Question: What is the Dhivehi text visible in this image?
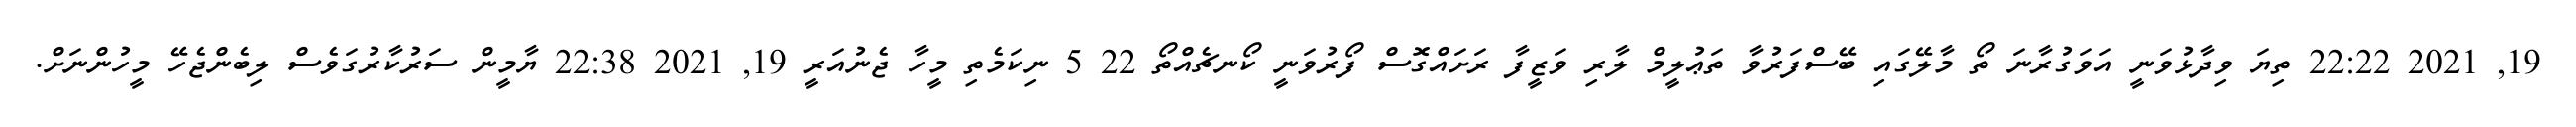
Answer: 19, 2021 22:22 ތިޔަ ވިދާޅުވަނީ އަވަގުރާނަ ތޯ މާލޭގައި ބޭސްފަރުވާ ތަޢުލީމް ލާރި ވަޒީފާ ރަށައްގޮސް ފޯރުވަނީ ކޯނޗެއްތޯ 22 5 ނިކަމެތި މީހާ ޖެނުއަރީ 19, 2021 22:38 ޔާމީން ސަރުކާރުގަވެސް ލިބެންޖެހޭ މީހުންނަށް.